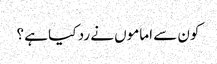
کون سے اماموں نے رد کیا ہے ؟